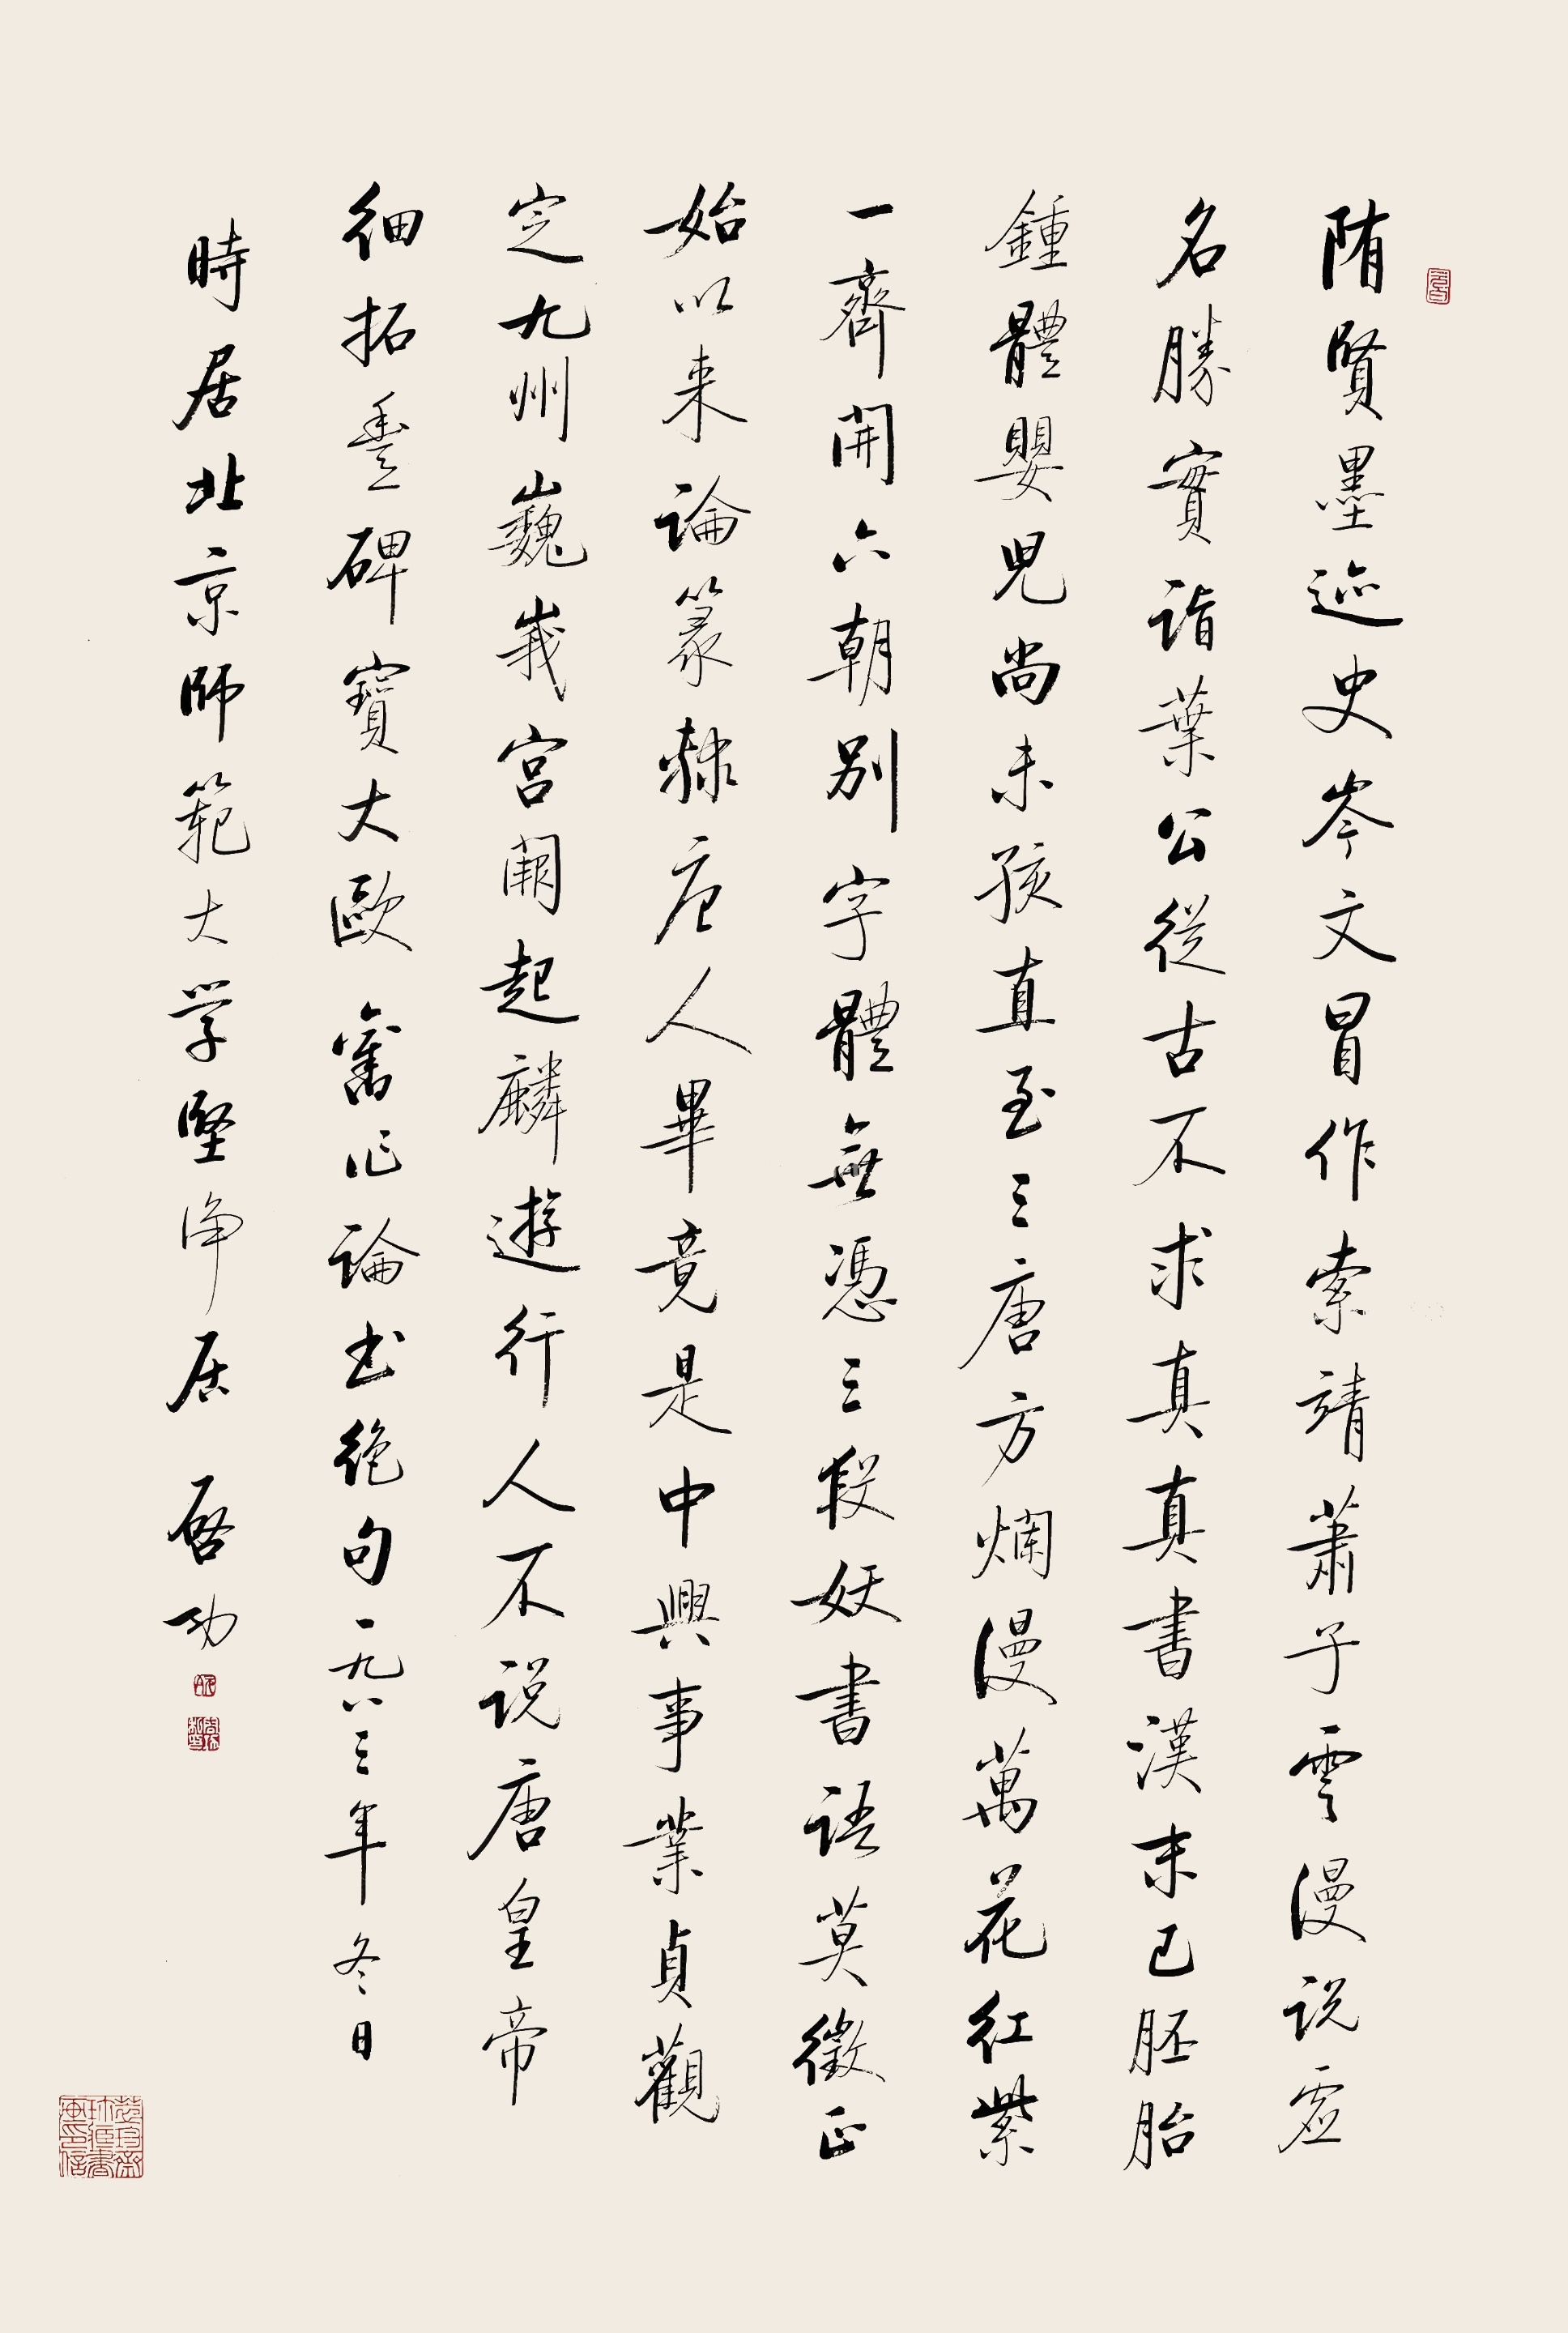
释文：隋贤墨迹史岑文，冒做索靖萧子云。漫说虚名胜实诣，叶公从古不求真。真书汉末已胚胎，钟体婴儿尚未孩。直至三唐方烂漫，万花红紫一齐开。六朝别字体无凭，三段妖书语莫征。正始以来论篆隶，唐人毕竟是中兴。事业贞观定九州岛，巍峨宫阙起麟游。行人不说唐皇帝，细拓丰碑宝大欧。旧作《论书》绝句，一九八三年冬日，时居北京师范大学坚净居，启功。